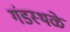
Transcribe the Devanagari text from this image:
गंडस्थळे